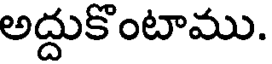
అద్దుకొంటాము.